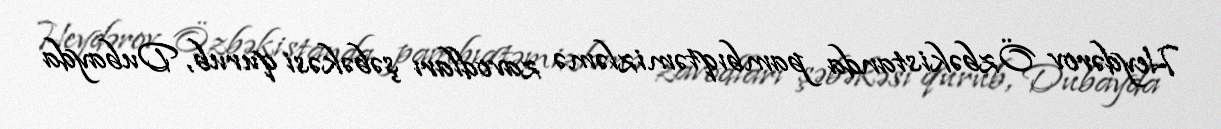
Heydərov Özbəkistanda pambıqtəmizləmə zavodları şəbəkəsi qurub, Dubayda